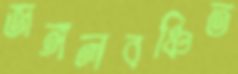
জঙ্গলবঞ্চিত